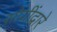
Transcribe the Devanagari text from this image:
सोयींद्वारे